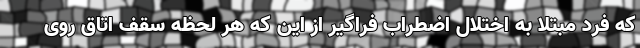
که فرد مبتلا به اختلال اضطراب فراگیر از این که هر لحظه سقف اتاق روی